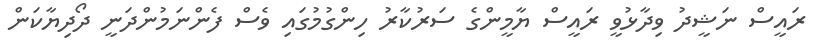
ރައީސް ނަޝީދު ވިދާޅުވީ ރައީސް ޔާމީންގެ ސަރުކާރު ހިންގުމުގައި ވެސް ފެންނަމުންދަނީ ދޯދިޔާކަން